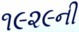
૧૯૨૯ની